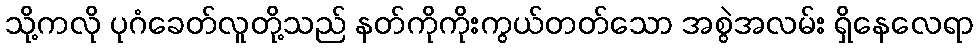
သို့ကလို ပုဂံခေတ်လူတို့သည် နတ်ကိုကိုးကွယ်တတ်သော အစွဲအလမ်း ရှိနေလေရာ